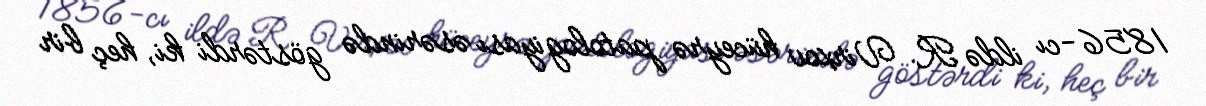
1856-cı ildə R. Virxov hüceyrə patologiyası əsərində göstərdi ki, heç bir